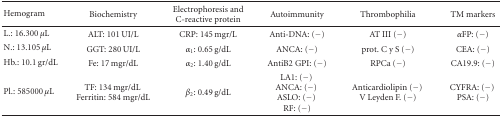
<table><thead><tr><td><b>Hemogram</b></td><td><b>Biochemistry</b></td><td><b>Electrophoresis and C-reactive protein </b></td><td><b>Autoimmunity</b></td><td><b>Thrombophilia</b></td><td><b>TM markers</b></td></tr></thead><tbody><tr><td>L.: 16.300 <i>μ</i>L</td><td>ALT: 101 UI/L</td><td>CRP: 145 mgr/L</td><td>Anti-DNA: (−)</td><td>AT III (−)</td><td><i>α</i>FP: (−)</td></tr><tr><td>N.: 13.105 <i>μ</i>L</td><td>GGT: 280 UI/L</td><td><i>α</i><sub>1</sub>: 0.65 g/dL</td><td>ANCA: (−)</td><td>prot. C y S (−)</td><td>CEA: (−)</td></tr><tr><td>Hb.: 10.1 gr/dL</td><td>Fe: 17 mgr/dL</td><td><i>α</i><sub>2</sub>: 1.40 g/dL</td><td>AntiB2 GPI: (−)</td><td>RPCa (−)</td><td>CA19.9: (−)</td></tr><tr><td>Pl.: 585000 <i>μ</i>L</td><td>TF: 134 mgr/dL Ferritin: 584 mgr/dL</td><td><i>β</i><sub>2</sub>: 0.49 g/dL</td><td> LA1: (−) ANCA: (−)ASLO: (−) RF: (−)</td><td>Anticardiolipin (−) V Leyden F. (−)</td><td>CYFRA: (−) PSA: (−)</td></tr></tbody></table>